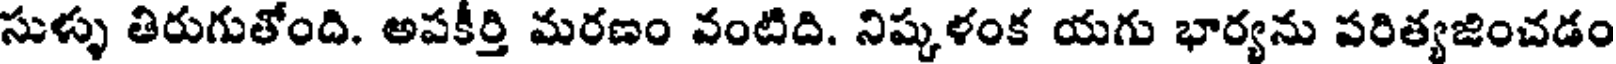
సుళ్ళు తిరుగుతోంది. అపకీర్తి మరణం వంటిది. నిష్కళంక యగు భార్యను పరిత్యజించడం